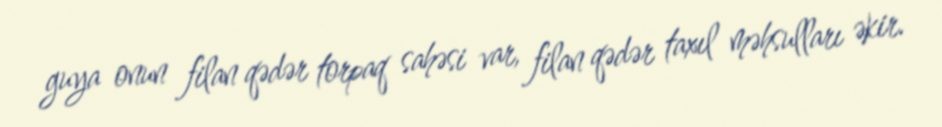
guya onun filan qədər torpaq sahəsi var, filan qədər taxıl məhsulları əkir.